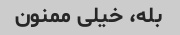
بله، خیلی ممنون